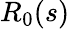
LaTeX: R_{0}(s)